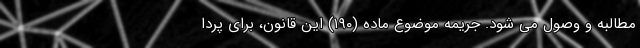
مطالبه و وصول می شود. جریمه موضوع ماده (۱۹۰) این قانون، برای پردا